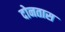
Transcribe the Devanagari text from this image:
दोनतास